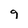
Character: g